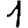
Digit: 1